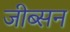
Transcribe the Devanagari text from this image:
जीब्सन